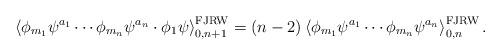
LaTeX: \begin{align*}\left\langle\phi_{m_1}\psi^{a_1}\cdots\phi_{m_n}\psi^{a_n}\cdot\phi_1\psi\right\rangle_{0,n+1}^\mathrm{FJRW}=(n-2)\left\langle\phi_{m_1}\psi^{a_1}\cdots\phi_{m_n}\psi^{a_n}\right\rangle_{0,n}^\mathrm{FJRW}.\end{align*}